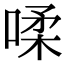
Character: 㖻